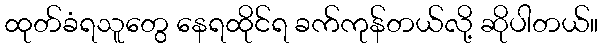
ထုတ်ခံရသူတွေ နေရထိုင်ရ ခက်ကုန်တယ်လို့ ဆိုပါတယ်။